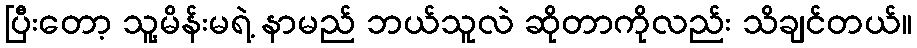
ပြီးတော့ သူ့မိန်းမရဲ့ နာမည် ဘယ်သူလဲ ဆိုတာကိုလည်း သိချင်တယ်။